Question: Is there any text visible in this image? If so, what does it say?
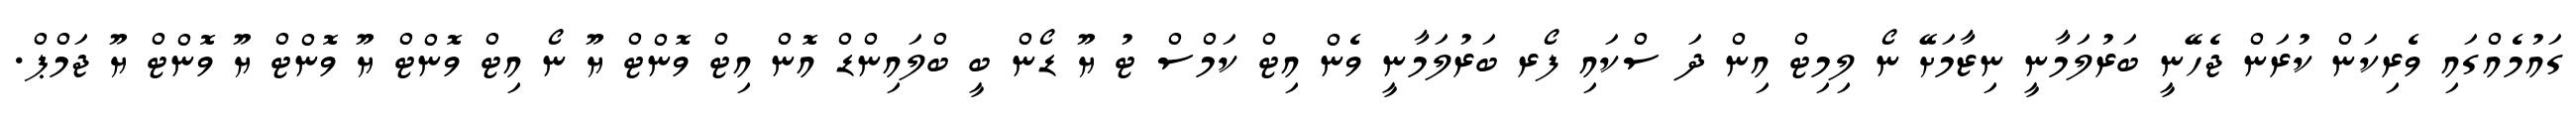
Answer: ގައުމެއްގައި ވެރިކަން ކުރަން ޖެހޭނީ ބަރުލަމާނީ ނިޒާމަށޭ ނޯ ލިމިޓް އިން ދަ ސްކައި ފޯރ ބަރުލަމާނީ ވެން އިޓް ކަމްސް ޓު ޔޫ ޑޯން ބީ ބްލައިންޑް އޮން އިޓް ވޮންޓް ޔޫ ނޯ އިޓް ވޮންޓް ޔޫ ވޮންޓް ޔޫ ވޮންޓް ޔޫ ޖަމްޕް.